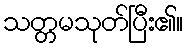
သတ္တမသုတ်ပြီး၏။